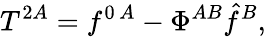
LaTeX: T^{2A}=f^{0\, A}-\Phi^{AB}\hat{f}^{B},